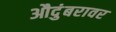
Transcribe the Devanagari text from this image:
औदुंबरावर